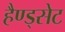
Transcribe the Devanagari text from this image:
हैण्ड्सेट